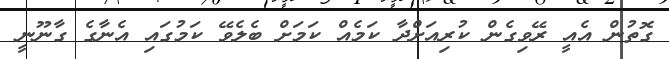
ގޮތުން އެއީ ރޭވިގެން ކުރިއަށްދާ ކަމެއް ކަަމަށް ބެލެވޭ ކަމުގައި އެނާގެ ގާނޫނީ